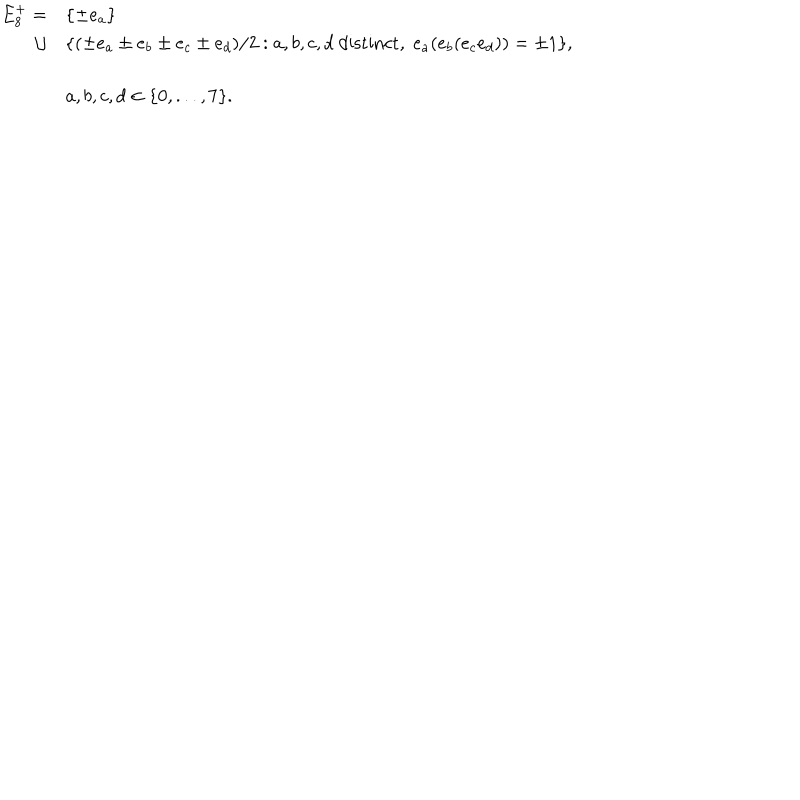
\begin{array} { r l } { { E _ { 8 } ^ { + } = } } & { { \{ \pm e _ { a } \} } } \\ { { \cup } } & { { \{ ( \pm e _ { a } \pm e _ { b } \pm e _ { c } \pm e _ { d } ) / 2 : a , b , c , d \mathrm { ~ d i s t i n c t } , \; e _ { a } ( e _ { b } ( e _ { c } e _ { d } ) ) = \pm 1 \} , } } \\ { { } } & { { a , b , c , d \in \{ 0 , . . . , 7 \} . } } \\ \end{array}